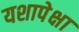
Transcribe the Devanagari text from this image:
यशापेक्षा